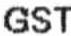
GST